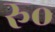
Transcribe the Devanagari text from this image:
रु॰